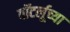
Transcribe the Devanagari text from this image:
वॉटर्लूच्या